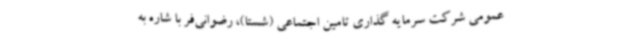
عمومی شرکت سرمایه گذاری تامین اجتماعی (شستا)، رضوانی‌فر با شاره به